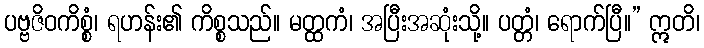
ပဗ္ဗဇိဝကိစ္စံ၊ ရဟန်း၏ ကိစ္စသည်။ မတ္ထကံ၊ အပြီးအဆုံးသို့။ ပတ္တံ၊ ရောက်ပြီ။” ဣတိ၊